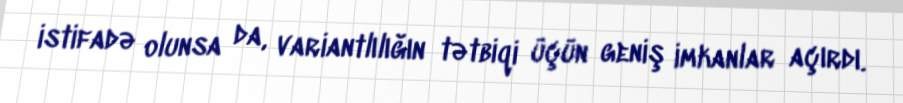
istifadə olunsa da, variantlılığın tətbiqi üçün geniş imkanlar açırdı.